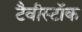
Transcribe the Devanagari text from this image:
टैवीस्टॉक